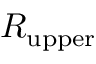
R _ { \mathrm { u p p e r } }